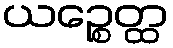
ယဉ္စေတ္ထ